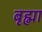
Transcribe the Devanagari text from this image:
बृह्मा